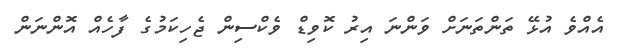
އެއްވެ އުޅޭ ތަންތަނަށް ވަންނަ އިރު ކޮވިޑް ވެކްސިން ޖެހިކަމުގެ ފާހެއް އޮންނަން